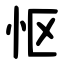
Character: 怄